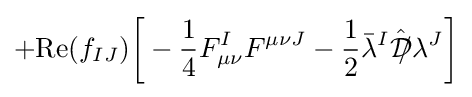
+{\text{Re}}(f_{IJ}){\bigg [}-{\frac {1}{4}}F_{\mu \nu }^{I}F^{\mu \nu J}-{\frac {1}{2}}{\bar {\lambda }}^{I}{\hat {{\mathcal {D}}\!\!\!/}}\lambda ^{J}{\bigg ]}